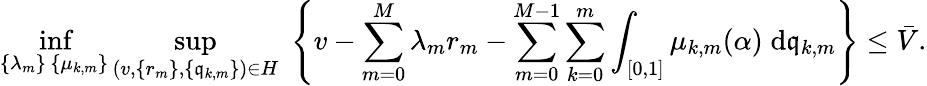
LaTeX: \operatorname*{inf}_{\substack{\{ \lambda_{m}\} \, \{ \mu_{k,m}\} }}\operatorname*{sup}_{(v,\{ r_{m}\} ,\{ \mathfrak{q}_{k,m}\} )\in H}\; \left\{ v-\sum_{m=0}^{M}\lambda_{m}r_{m}-\sum_{m=0}^{M-1}\sum_{k=0}^{m}\int_{[0,1]}\mu_{k,m}(\alpha)\; \mathrm{d}\mathfrak{q}_{k,m}\right\} \leq\bar{V}.